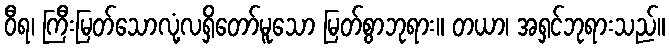
ဝီရ၊ ကြီးမြတ်သောလုံ့လရှိတော်မူသော မြတ်စွာဘုရား။ တယာ၊ အရှင်ဘုရားသည်။